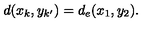
d ( x _ { k } , y _ { k ^ { \prime } } ) = d _ { e } ( x _ { 1 } , y _ { 2 } ) .